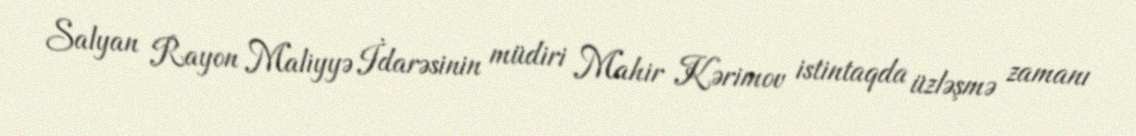
Salyan Rayon Maliyyə İdarəsinin müdiri Mahir Kərimov istintaqda üzləşmə zamanı